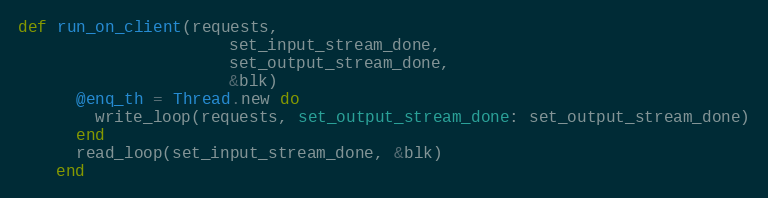
Language: Ruby
def run_on_client(requests,
                      set_input_stream_done,
                      set_output_stream_done,
                      &blk)
      @enq_th = Thread.new do
        write_loop(requests, set_output_stream_done: set_output_stream_done)
      end
      read_loop(set_input_stream_done, &blk)
    end